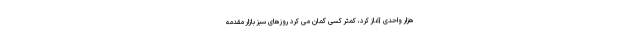
هزار واحدی آغاز کرد، کمتر کسی گمان می کرد روزهای سبز بازار مقدمه